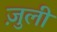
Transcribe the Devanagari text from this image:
ज़ुली